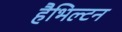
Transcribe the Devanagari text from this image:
हैभिल्टन